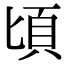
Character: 頃